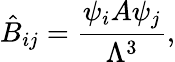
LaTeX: \hat{B}_{ij}=\frac{\psi_{i}A\psi_{j}}{\Lambda^{3}},